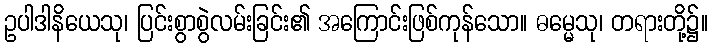
ဥပါဒါနိယေသု၊ ပြင်းစွာစွဲလမ်းခြင်း၏ အကြောင်းဖြစ်ကုန်သော။ ဓမ္မေသု၊ တရားတို့၌။